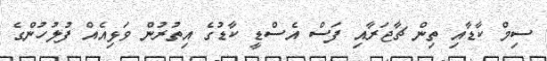
ސިމް ކާޑާއި ތިން ޗާޖަރާއި ފަސް އެސްޑީ ކާޑުގެ އިތުރުން ވަޅިއެއް ފުލުހުންގެ